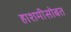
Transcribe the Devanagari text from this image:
हाशमीसोबत